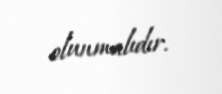
olunmalıdır.